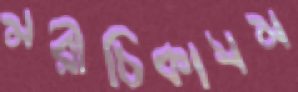
মরীচিকাসম